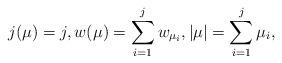
LaTeX: \begin{align*} j(\mu) = j, w(\mu) = \sum_{i=1}^j w_{\mu_i} , |\mu| =\sum_{i=1}^j \mu_i, \end{align*}